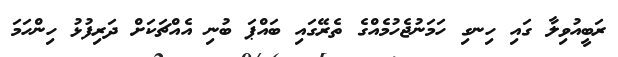
ރަބީއުވިލާ ގައި ހިނގި ހަމަނުޖެހުމެއްގެ ތެރޭގައި ބައްޕަ ބުނި އެއްޗަކަށް ދަރިފުޅު ހިންހަމަ